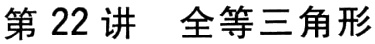
第22讲 全等三角形